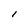
Character: l